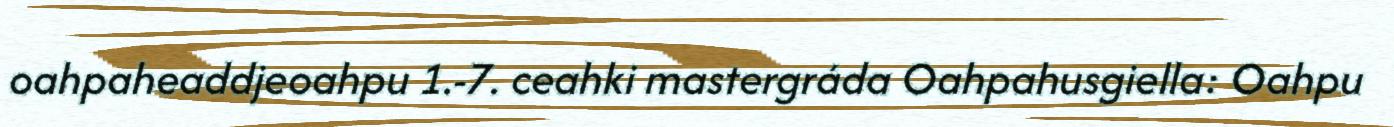
oahpaheaddjeoahpu 1.-7. ceahki mastergráda Oahpahusgiella: Oahpu